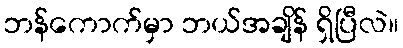
ဘန်ကောက်မှာ ဘယ်အချိန် ရှိပြီလဲ။